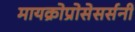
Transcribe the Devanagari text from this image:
मायक्रोप्रोसेसर्सनी